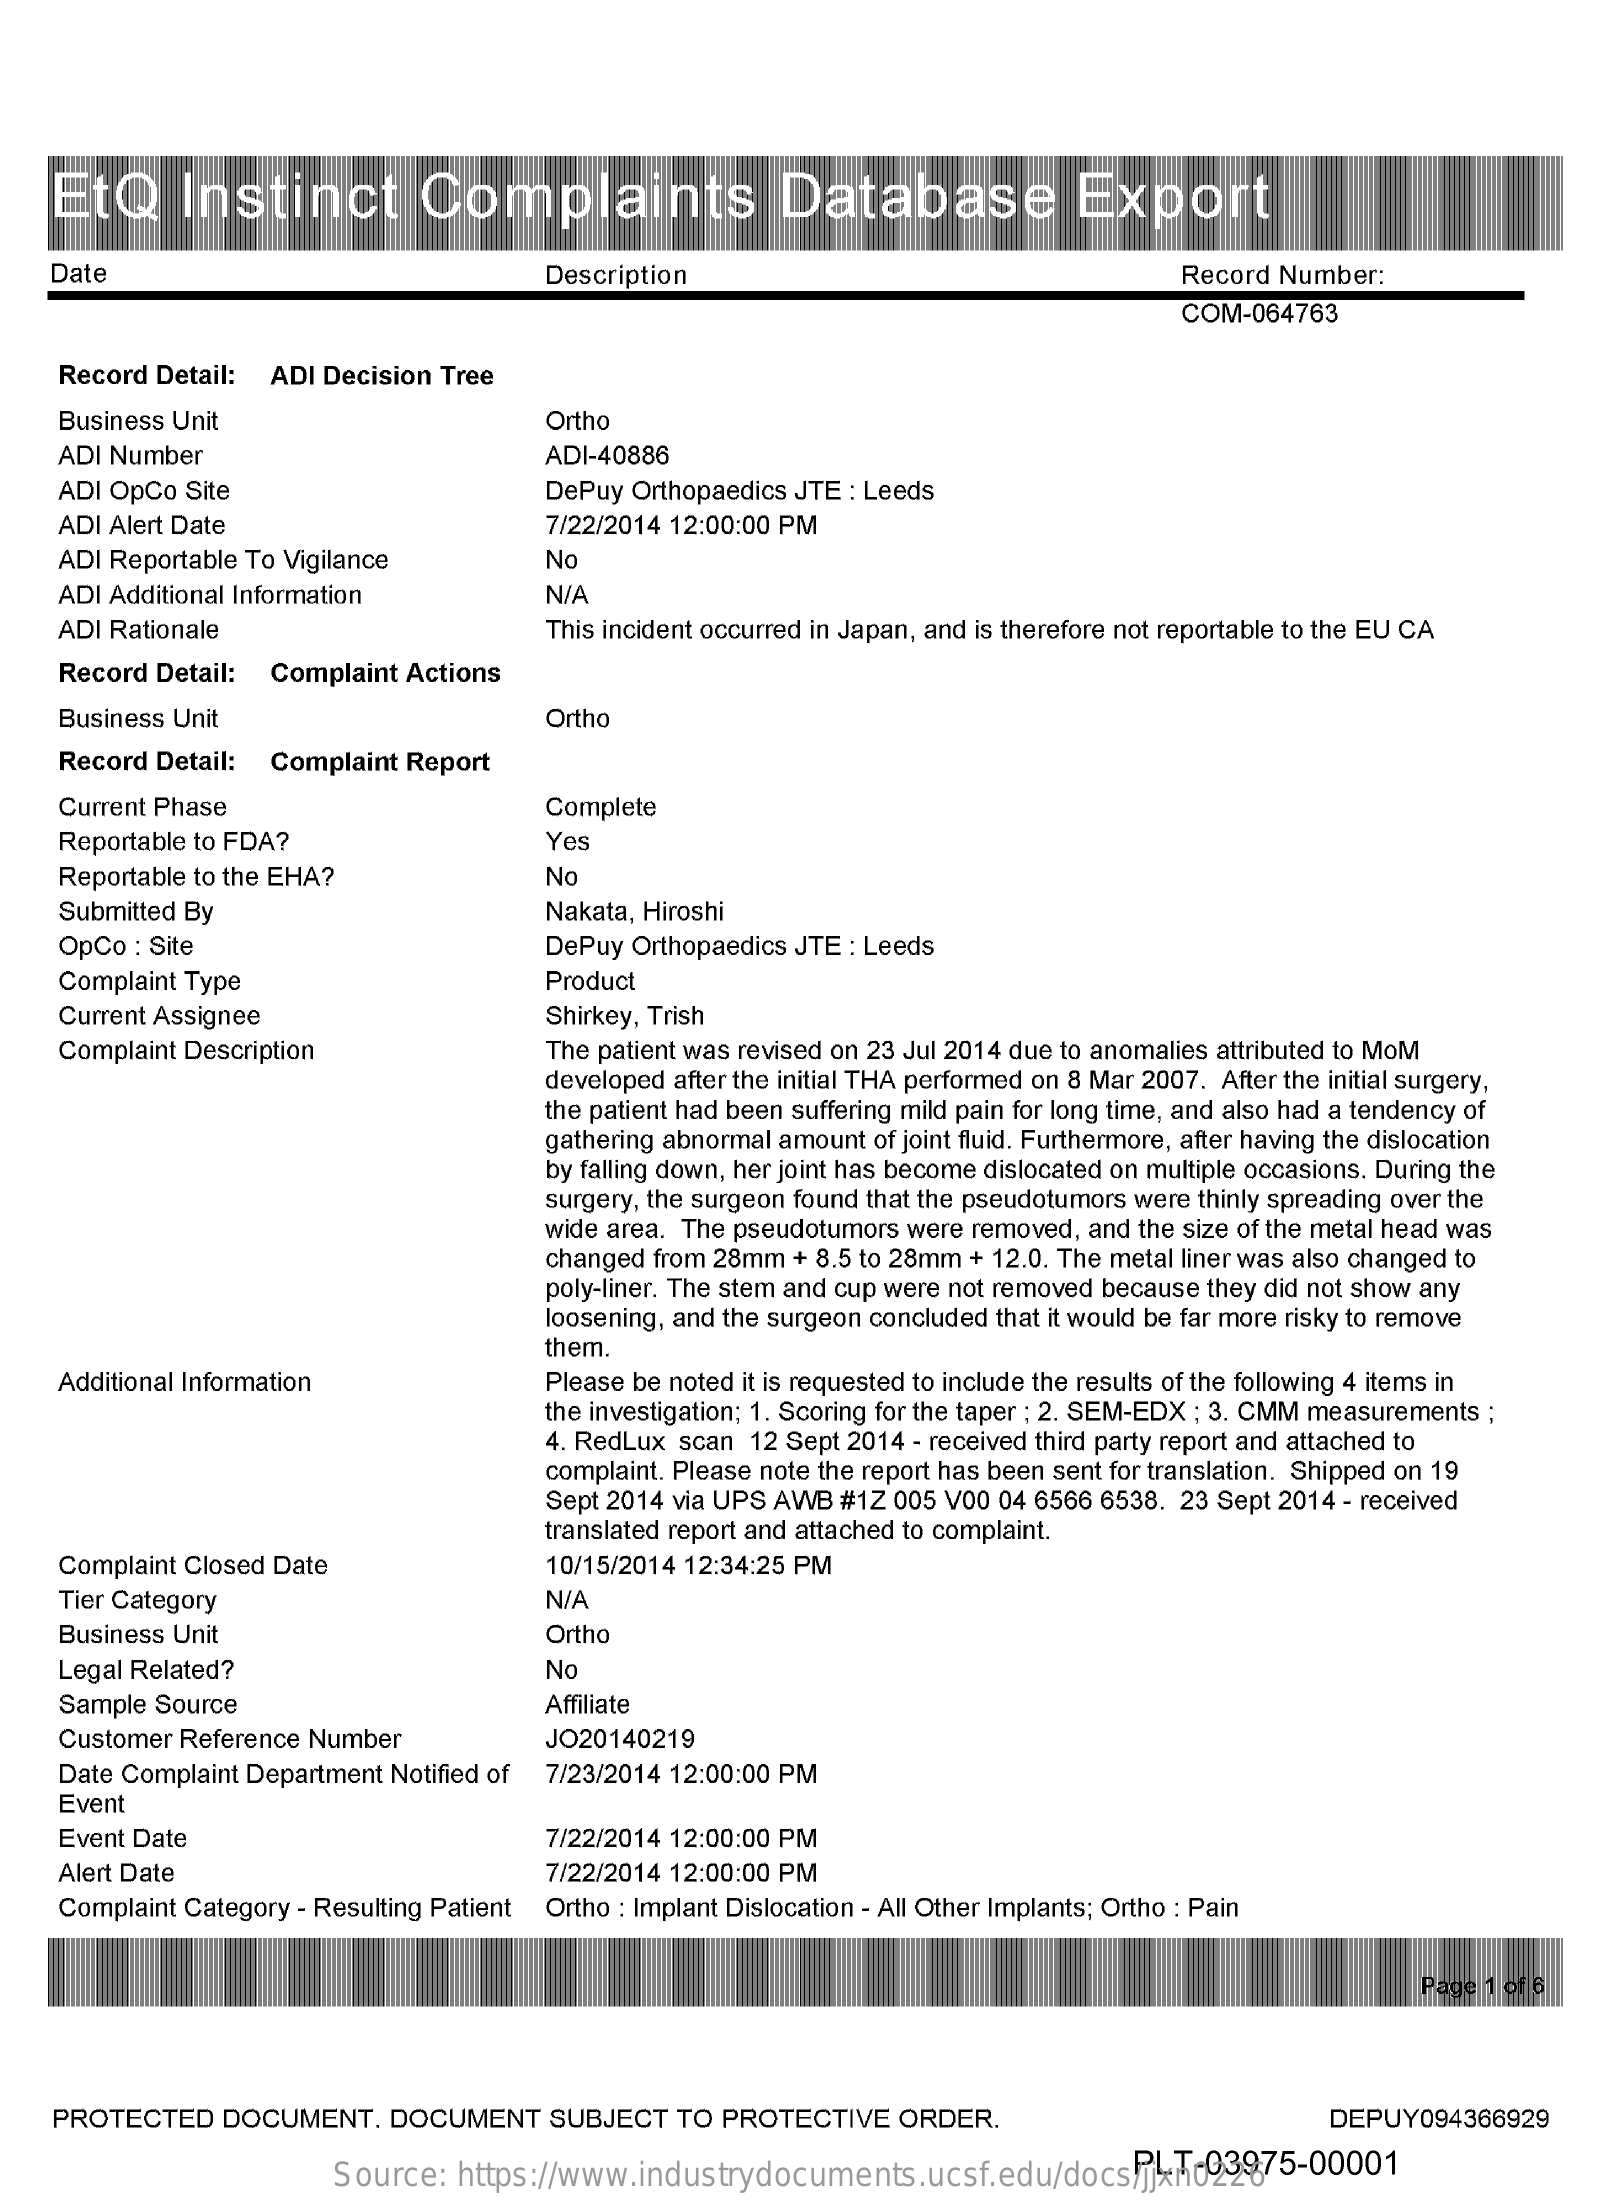
EtQ    Instinct    Complaints    Database    Export
    Date    Description    Record Number:
     COM-064763
    Record Detail: ADI Decision Tree
    Business Unit    Ortho
    ADI Number    ADI-40886
    ADI OpCo Site    DePuy Orthopaedics JTE : Leeds
    ADI Alert Date    7/22/2014 12:00:00 PM
    ADI Reportable To Vigilance   No
    ADI Additional Information    N/A
    ADI Rationale    This incident occurred in Japan, and is therefore not reportable to the EU CA
    Record Detail: Complaint Actions
    Business Unit    Ortho
    Record Detail: Complaint Report
    Current Phase    Complete
    Reportable to FDA?    Yes
    Reportable to the EHA?    No
    Submitted By    Nakata, Hiroshi
    OpCo : Site    DePuy Orthopaedics JTE : Leeds
    Complaint Type    Product
    Current Assignee    Shirkey, Trish
    Complaint Description    The patient was revised on 23 Jul 2014 due to anomalies attributed to MoM
     developed after the initial THA performed on 8 Mar 2007. After the initial surgery,
     the patient had been suffering mild pain for long time, and also had a tendency of
     gathering abnormal amount of joint fluid. Furthermore, after having the dislocation
     by falling down, her joint has become dislocated on multiple occasions. During the
     surgery, the surgeon found that the pseudotumors were thinly spreading over the
     wide area. The pseudotumors were removed, and the size of the metal head was
     changed from 28mm + 8.5 to 28mm + 12.0. The metal liner was also changed to
     poly-liner. The stem and cup were not removed because they did not show any
     loosening, and the surgeon concluded that it would be far more risky to remove
     them.
    Additional Information    Please be noted it is requested to include the results of the following 4 items in
     the investigation; 1. Scoring for the taper ; 2. SEM-EDX ; 3. CMM measurements ;
     4. RedLux scan 12 Sept 2014 - received third party report and attached to
     complaint. Please note the report has been sent for translation. Shipped on 19
     Sept 2014 via UPS AWB #1Z 005 V00 04 6566 6538. 23 Sept 2014 - received
     translated report and attached to complaint.
    Complaint Closed Date    10/15/2014 12:34:25 PM
    Tier Category    N/A
    Business Unit    Ortho
    Legal Related?    No
    Sample Source    Affiliate
    Customer Reference Number    JO20140219
    Date Complaint Department Notified of 7/23/2014 12:00:00 PM
    Event
    Event Date    7/22/2014 12:00:00 PM
    Alert Date    7/22/2014 12:00:00 PM
    Complaint Category - Resulting Patient Ortho : Implant Dislocation - All Other Implants; Ortho : Pain
     Page 1 of 6
    PROTECTED DOCUMENT. DOCUMENT   SUBJECT TO PROTECTIVE ORDER.    DEPUY094366929
     Source: https://www.industrydocuments.ucsf.edu/docs/jjxn0226 PLT-03975-00001